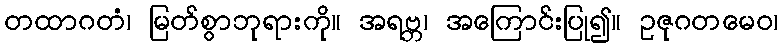
တထာဂတံ၊ မြတ်စွာဘုရားကို။ အရဗ္ဘ၊ အကြောင်းပြု၍။ ဥဇုဂတမေဝ၊